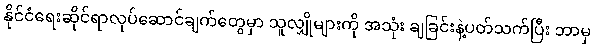
နိုင်ငံရေးဆိုင်ရာလုပ်ဆောင်ချက်တွေမှာ သူလျှိုများကို အသုံး ချခြင်းနဲ့ပတ်သက်ပြီး ဘာမှ